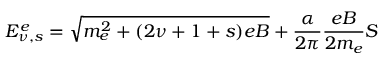
E _ { \nu , s } ^ { e } = \sqrt { m _ { e } ^ { 2 } + ( 2 \nu + 1 + s ) e B } + \frac { \alpha } { 2 \pi } \frac { e B } { 2 m _ { e } } S